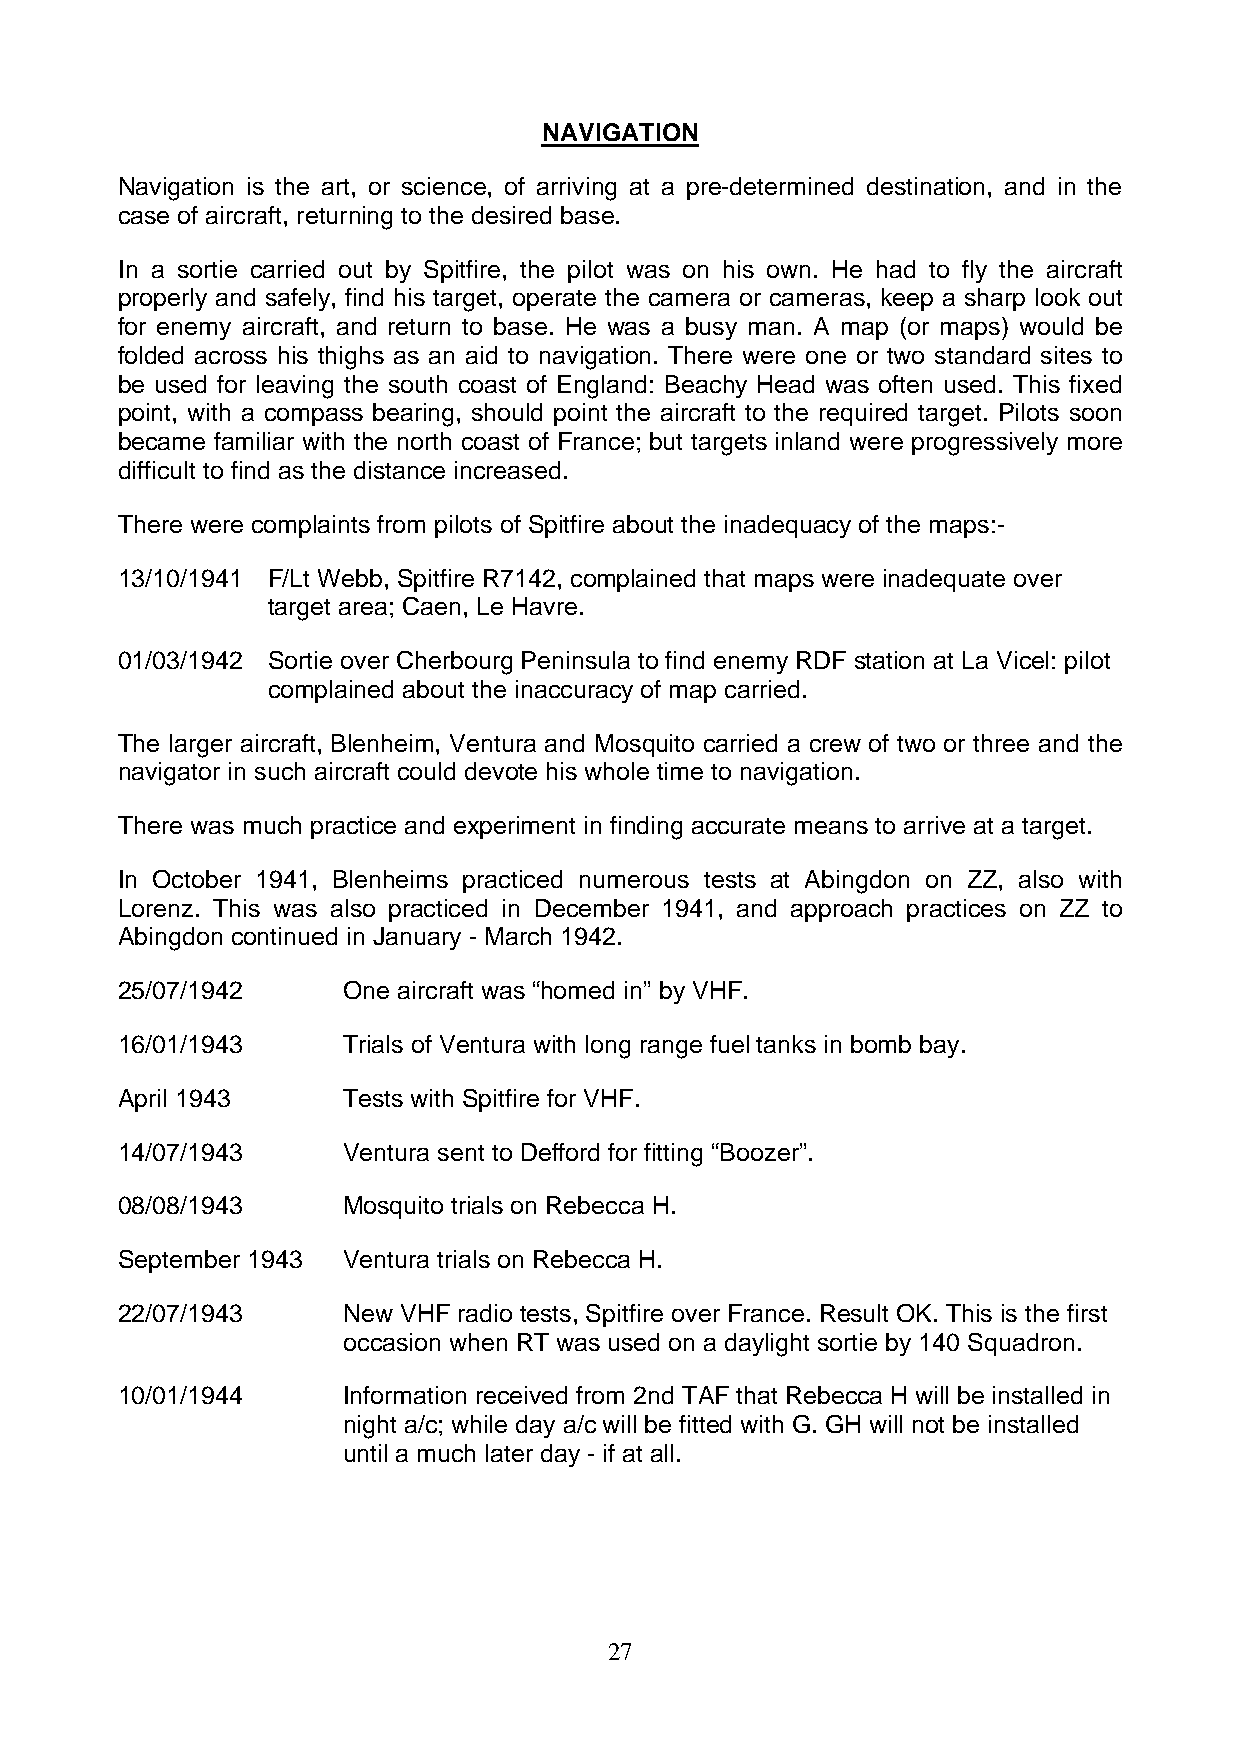
NAVIGATION
 Navigation is the art, or science, of arriving at a pre-determined destination, and in the
 case of aircraft, returning to the desired base.
 In a sortie carried out by Spitfire, the pilot was on his own. He had to fly the aircraft
 properly and safely, find his target, operate the camera or cameras, keep a sharp look out
 for enemy aircraft, and return to base. He was a busy man. A map (or maps) would be
 folded across his thighs as an aid to navigation. There were one or two standard sites to
 be used for leaving the south coast of England: Beachy Head was often used. This fixed
 point, with a compass bearing, should point the aircraft to the required target. Pilots soon
 became familiar with the north coast of France; but targets inland were progressively more
 difficult to find as the distance increased.
 There were complaints from pilots of Spitfire about the inadequacy of the maps:-
 13/10/1941 F/Lt Webb, Spitfire R7142, complained that maps were inadequate over
 target area; Caen, Le Havre.
 01/03/1942 Sortie over Cherbourg Peninsula to find enemy RDF station at La Vicel: pilot
 complained about the inaccuracy of map carried.
 The larger aircraft, Blenheim, Ventura and Mosquito carried a crew of two or three and the
 navigator in such aircraft could devote his whole time to navigation.
 There was much practice and experiment in finding accurate means to arrive at a target.
 In October 1941, Blenheims practiced numerous tests at Abingdon on ZZ, also with
 Lorenz. This was also practiced in December 1941, and approach practices on ZZ to
 Abingdon continued in January - March 1942.
 25/07/1942     One aircraft was “homed in” by VHF.
 16/01/1943     Trials of Ventura with long range fuel tanks in bomb bay.
 April 1943     Tests with Spitfire for VHF.
 14/07/1943     Ventura sent to Defford for fitting “Boozer”.
 08/08/1943     Mosquito trials on Rebecca H.
 September 1943 Ventura trials on Rebecca H.
 22/07/1943     New VHF radio tests, Spitfire over France. Result OK. This is the first
 occasion when RT was used on a daylight sortie by 140 Squadron.
 10/01/1944     Information received from 2nd TAF that Rebecca H will be installed in
 night a/c; while day a/c will be fitted with G. GH will not be installed
 until a much later day - if at all.
 27